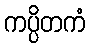
ကပ္ပိတကံ